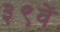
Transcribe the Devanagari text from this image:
३९वें